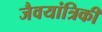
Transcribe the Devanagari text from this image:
जैवयांत्रिकी